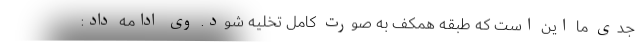
جدی ما این است که طبقه همکف به صورت کامل تخلیه شود. وی ادامه داد: